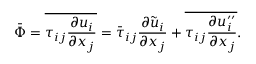
\Bar { \Phi } = \overline { { \tau _ { i j } \frac { \partial u _ { i } } { \partial x _ { j } } } } = \Bar { \tau } _ { i j } \frac { \partial \Tilde { u } _ { i } } { \partial x _ { j } } + \overline { { \tau _ { i j } \frac { \partial u _ { i } ^ { \prime \prime } } { \partial x _ { j } } } } .